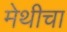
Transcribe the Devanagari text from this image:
मेथीचा